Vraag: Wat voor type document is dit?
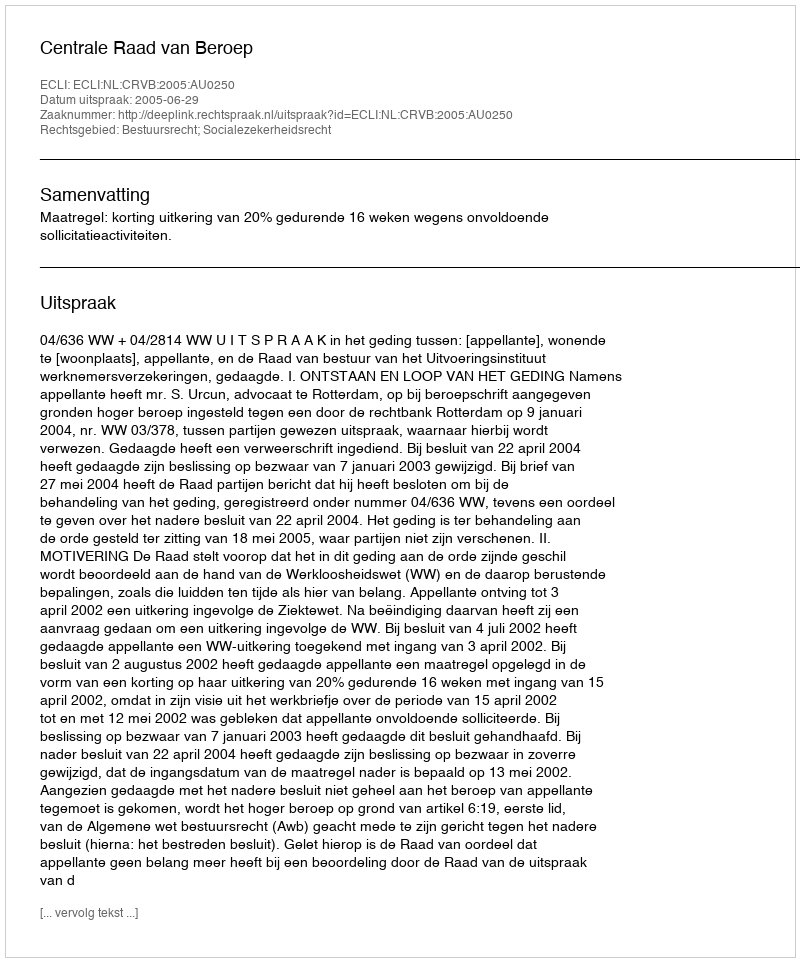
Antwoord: Uitspraak